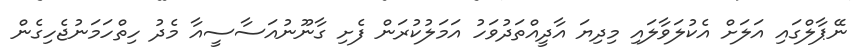
ނޭޕާލްގައި އަލަށް އެކުލަވާލައި މިދިޔަ އާދީއްތަދުވަހު އަމަލުކުރަން ފެށި ގާނޫނުއަސާސީއާ މެދު ހިތްހަމަނުޖެހިގެން